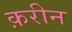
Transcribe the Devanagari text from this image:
क़रीन